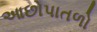
આછોપાતળો